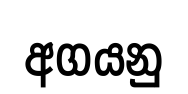
අගයනු